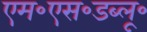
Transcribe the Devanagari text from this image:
एम॰एस॰डब्लू॰